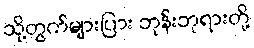
သို့တွက်များပြား ဘုန်းဘုရားတို့